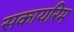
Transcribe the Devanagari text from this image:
सकायरिम